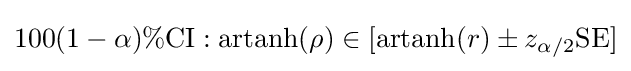
100(1-\alpha )\%{\text{CI}}:\operatorname {artanh} (\rho )\in [\operatorname {artanh} (r)\pm z_{\alpha /2}{\text{SE}}]